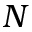
N